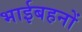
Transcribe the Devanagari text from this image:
भाईबहनों